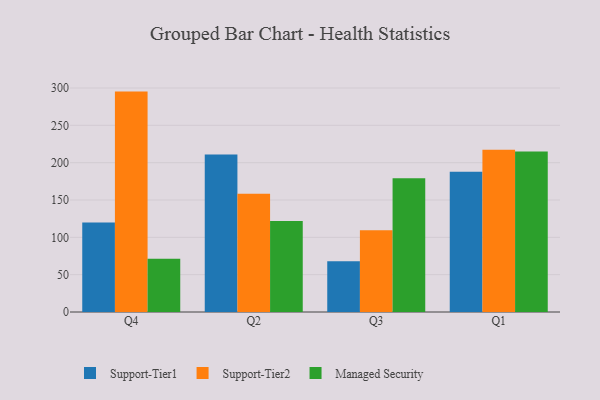
{"axis": {"x": "Quarter", "y": "Waste Production (Tons)"}, "legend": ["Managed Security", "Support-Tier1", "Support-Tier2"], "data": [{"x": "Q4", "y": 119.9, "type": "Support-Tier1"}, {"x": "Q4", "y": 295.2, "type": "Support-Tier2"}, {"x": "Q4", "y": 71.2, "type": "Managed Security"}, {"x": "Q2", "y": 211.1, "type": "Support-Tier1"}, {"x": "Q2", "y": 158.5, "type": "Support-Tier2"}, {"x": "Q2", "y": 121.8, "type": "Managed Security"}, {"x": "Q3", "y": 68.0, "type": "Support-Tier1"}, {"x": "Q3", "y": 109.6, "type": "Support-Tier2"}, {"x": "Q3", "y": 179.2, "type": "Managed Security"}, {"x": "Q1", "y": 188.0, "type": "Support-Tier1"}, {"x": "Q1", "y": 217.4, "type": "Support-Tier2"}, {"x": "Q1", "y": 214.9, "type": "Managed Security"}]}